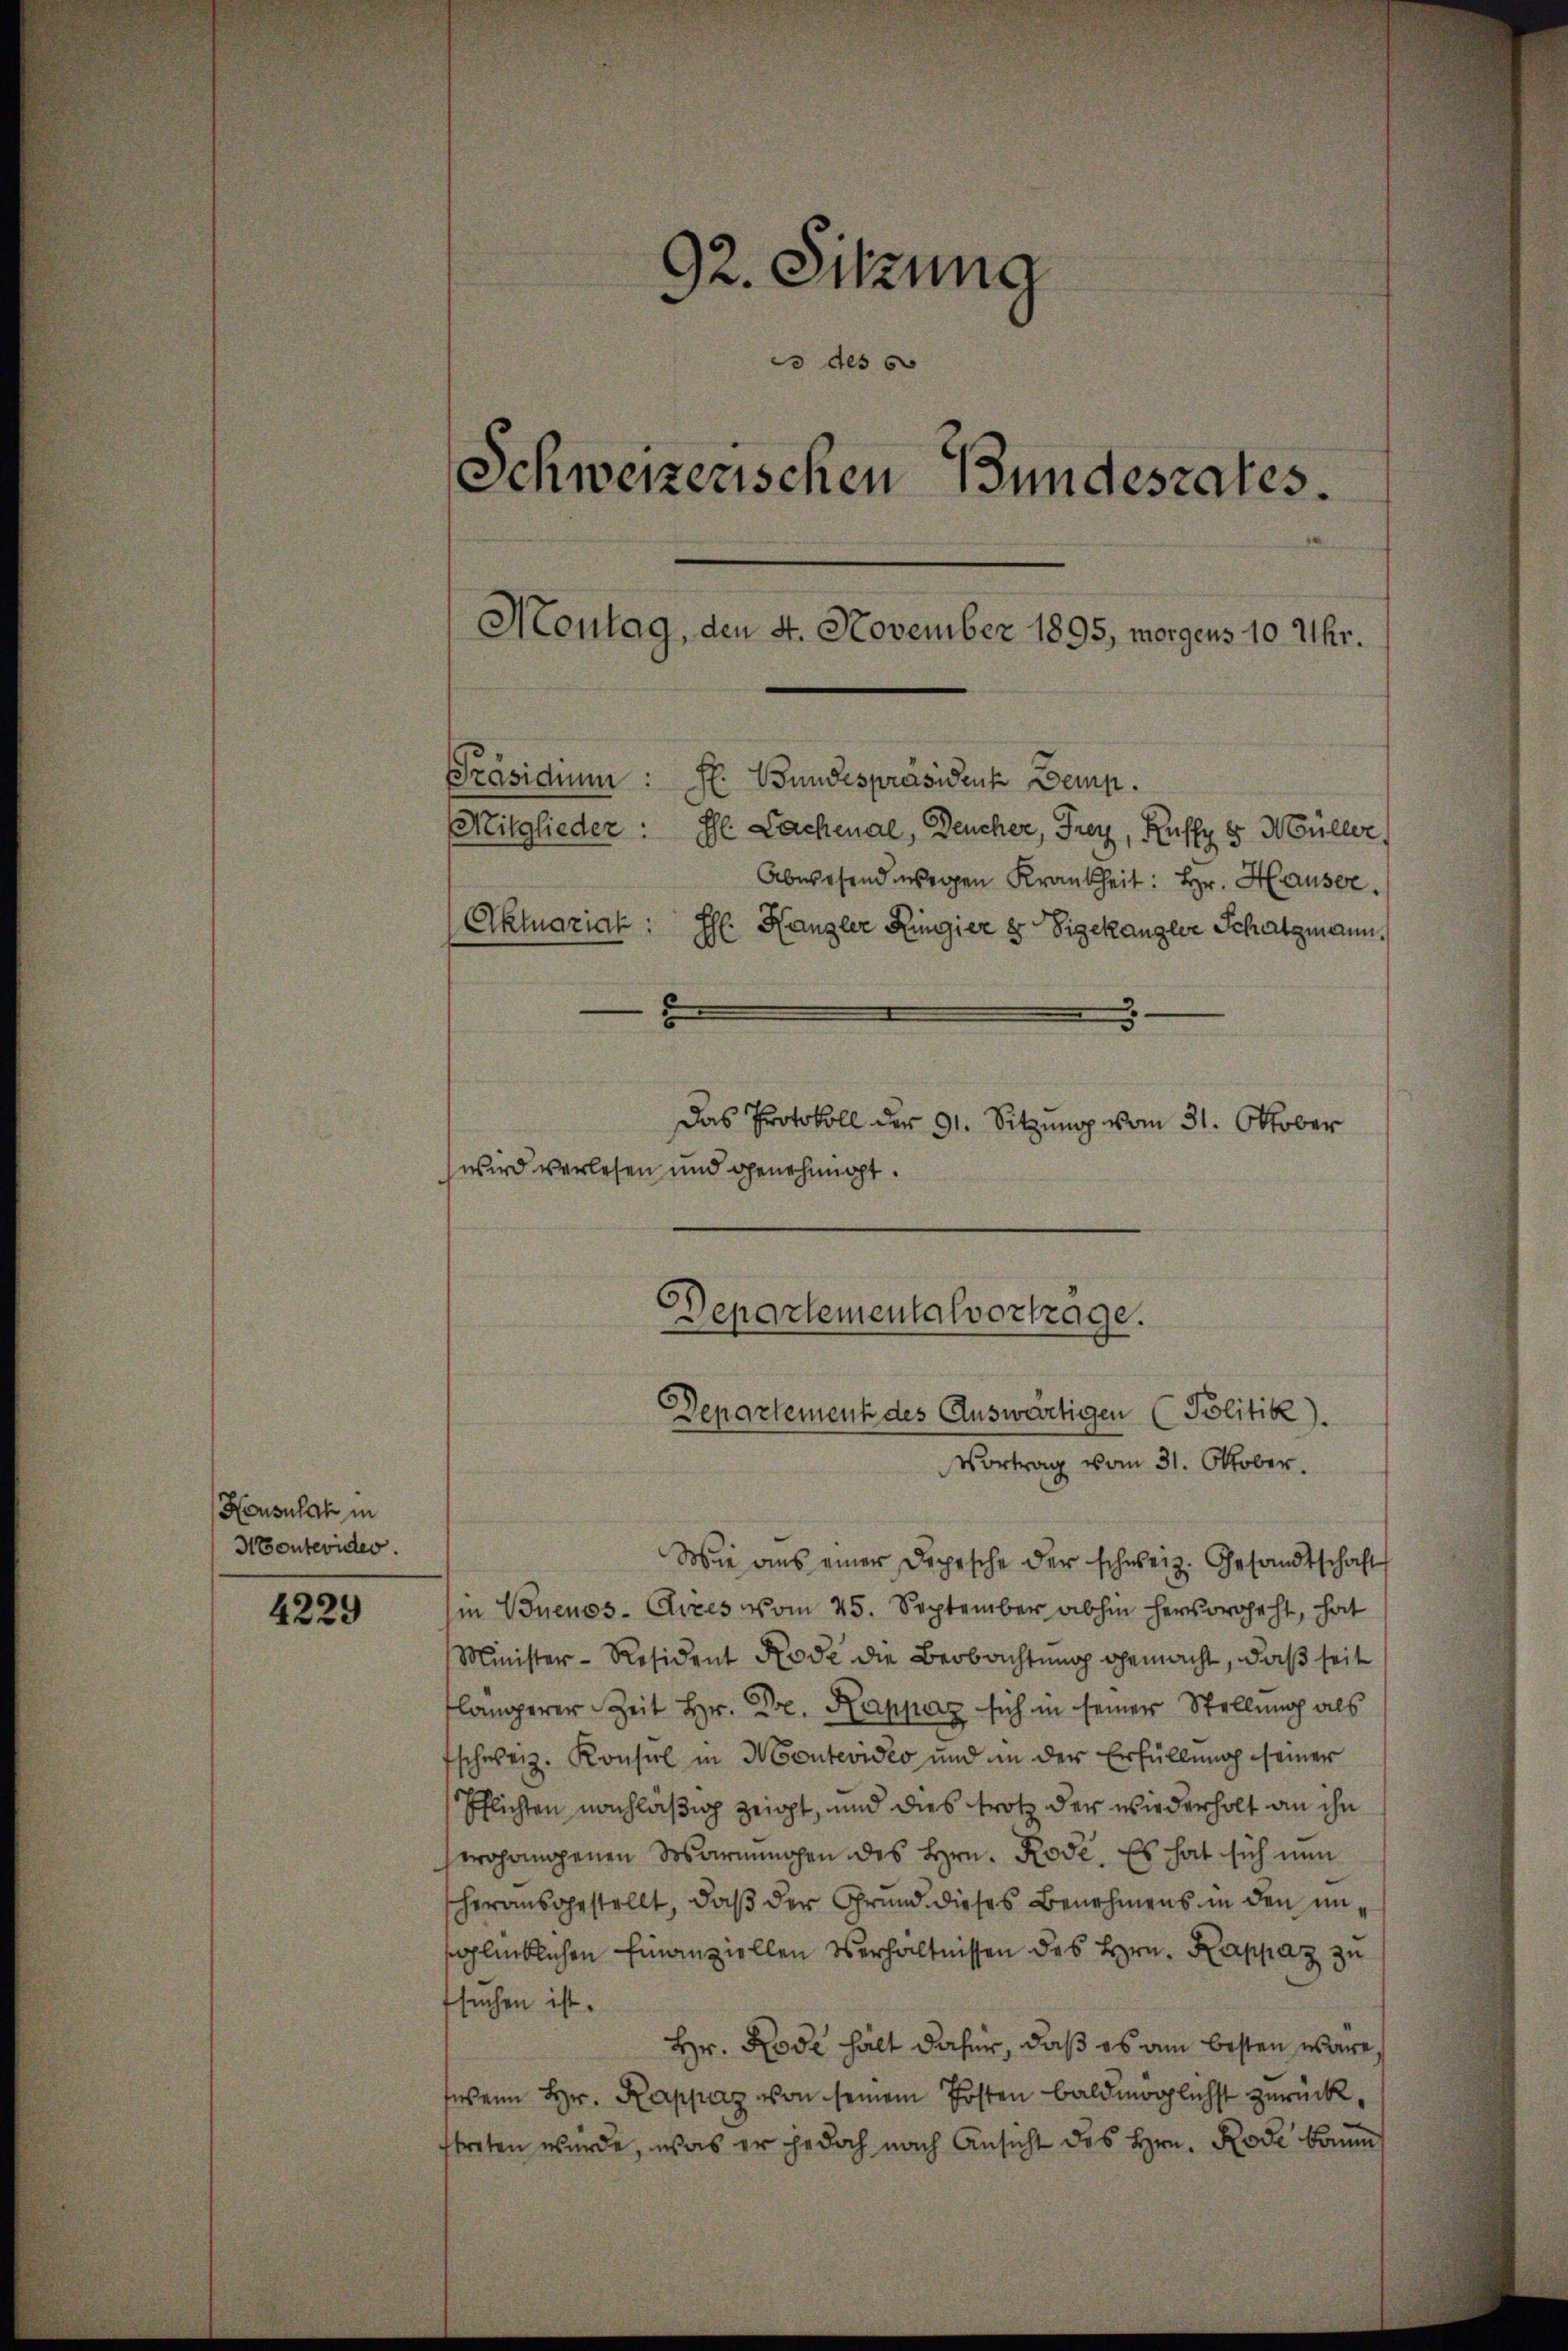
Honsulak in
Montevider.

4229

92. Sitzung
c des
Schweizerischen Bundesrates.
Montag, den 4. November 1895, morgens 10 Uhr.
Präsidium:
F. Bundespräsident Dein.
Mitglieder: El Lachenal, Deucher, Frey, Kuffy 8 Müller
Abwesend wegen Krankheit: Hr. Hauser.
Aktuariak
Hr. Kanzler Ringier & Sigekanzler Schatzmann,
Das Protokoll der 91. Sitzung vom 31. Oktober
wird verlesen und genehmigt.

Departementalvortrage.
Departement des Auswärtigen (Politik).
Vortrag vom 31. Oktober.

Wie aus einer Depesche der schweiz. Gesandtschaft
in Buenos-Aires vom 25. September abhin hervorgeht, hat
Minister-Resident Rode die Beobachtung gemacht, daß seit
lamerer Zeit Hr. Dr. Kappaz sich in seiner Stellung als
schweiz. Konsul in Montevideo und in der Erfüllung seiner
Pflichten nachläßig zeigt, und dies trotz der wiederholt an ihn
wohangenen Warmingen des Hrn. Rose. Es hat sich nun
herausgestellt, daß der Grund dieses Benehmens in den insglücklichen Finanziellen Verhältnissen des Hrn. Kappaz zu
tsuchen ist.
Hr. Rode hält daher, daß es am besten wäre,
wann Hr. Rappaz von seinem Posten baldmöglichst zurück,
ftreten wurde, was er jedoch nach Ansicht des Hrn. Rode kaum